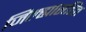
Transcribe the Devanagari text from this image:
जिल्ह्यासहित